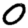
Digit: 0